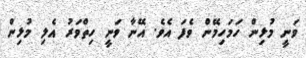
ވަނީ މުޅިން ހަމަހިމޭން ވެފަ އެވެ. އޭނާ ވަނީ ހިތްވަރު އެލި މުޅިން